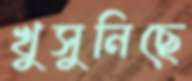
খুসুনিছে